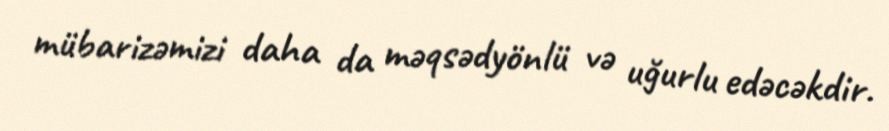
mübarizəmizi daha da məqsədyönlü və uğurlu edəcəkdir.